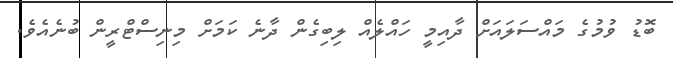
ބޮޑު ވުމުގެ މައްސަލައަށް ދާއިމީ ހައްލެއް ލިބިގެން ދާނެ ކަމަށް މިނިސްޓްރީން ބުނެއެވެ.